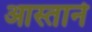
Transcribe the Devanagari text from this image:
आस्ताने